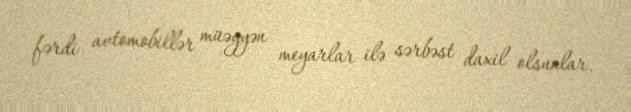
fərdi avtomobillər müəyyən meyarlar ilə sərbəst daxil olsunlar.